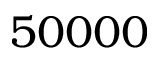
5 0 0 0 0